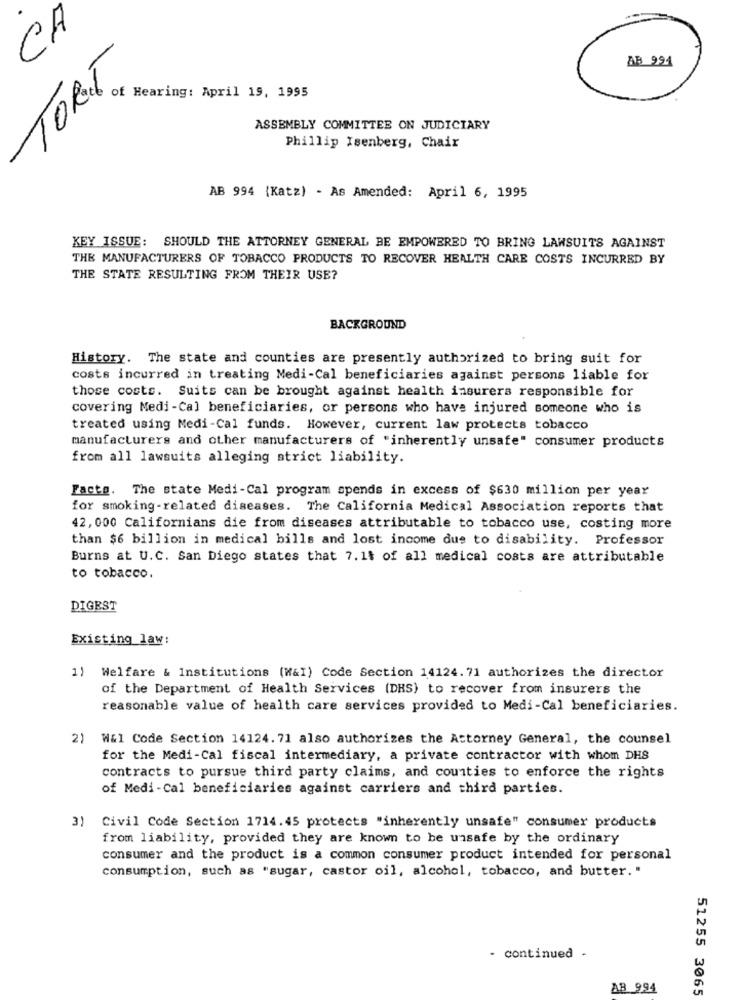
Ch
AB 994
TORT
of Hearing: April 19, 1995
ASSEMBLY COMMITTEE ON JUDICIARY
Phillip Isenberg, Chair
AB 994 (Katz) - As Amended: April 6, 1995
KEY ISSUE: SHOULD THE ATTORNEY GENERAL BE EMPOWERED TO BRING LAWSUITS AGAINST
THE MANUFACTURERS OF TOBACCO PRODUCTS TO RECOVER HEALTH CARE COSTS INCURRED BY
THE STATE RESULTING FROM THEIR USE?
BACKGROUND
History. The state and counties are presently authorized to bring suit for
costs incurred in treating Medi-Cal beneficiaries against persons liable for
those costs. Suits can be brought against health insurers responsible for
covering Medi-Cal beneficiaries, or persons who have injured someone who is
treated using Medi-Cal funds. However, current law protects tobacco
manufacturers and other manufacturers of "inherently unsafe" consumer products
from all lawsuits alleging strict liability.
Facts. The state Medi-Cal program spends in excess of $630 million per year
for smoking-related diseases. The California Medical Association reports that
42, 000 Californians die from diseases attributable to tobacco use, costing more
than $6 billion in medical bills and lost income due to disability. Professor
Burns at U.C. San Diego states that 7. 11 of all medical costs are attributable
to tobacco.
DIGEST
Existing law:
1) Welfare & Institutions (W&I) Code Section 14124.71 authorizes the director
of the Department of Health Services (DHS) to recover from insurers the
reasonable value of health care services provided to Medi-Cal beneficiaries.
2) Wal Code Section 14124. 71 also authorizes the Attorney General, the counsel
for the Medi-Cal fiscal intermediary, a private contractor with whom DHS
contracts to pursue third party claims, and counties to enforce the rights
of Medi -Cal beneficiaries against carriers and third parties.
3) Civil Code Section 1714.45 protects "inherently unsafe" consumer products
from liability, provided they are known to be unsafe by the ordinary
consumer and the product is a common consumer product intended for personal
consumption, such as "sugar, castor oil, alcohol, tobacco, and butter. "
- continued .
AB 994
51255 3065